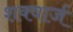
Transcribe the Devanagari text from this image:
शक्वार्ज